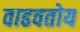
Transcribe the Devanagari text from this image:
वाढवतोय